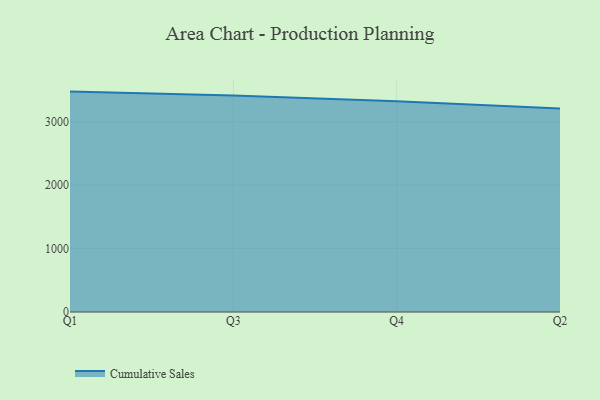
{"axis": {"x": "Quarter", "y": "Active Users"}, "legend": ["Cumulative Sales"], "data": [{"x": "Q1", "y": 3476.4, "type": "Cumulative Sales"}, {"x": "Q3", "y": 3415.3, "type": "Cumulative Sales"}, {"x": "Q4", "y": 3326.1, "type": "Cumulative Sales"}, {"x": "Q2", "y": 3208.1, "type": "Cumulative Sales"}]}